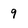
Character: 9